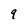
Character: 9